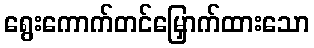
ရွေးကောက်တင်မြှောက်ထားသော